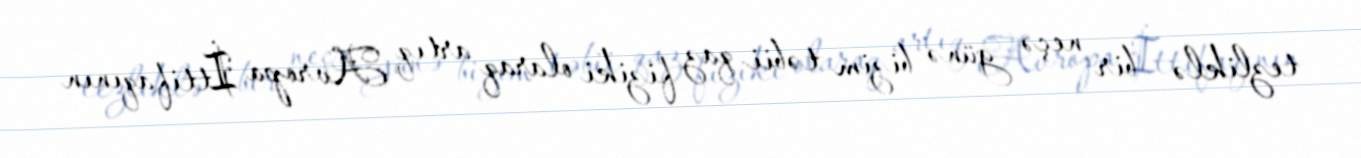
tezliklə - bir neçə günə bizim təbii qaz fiziki olaraq artıq Avropa İttifaqının